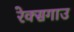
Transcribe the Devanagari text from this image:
रेक्सगाउ